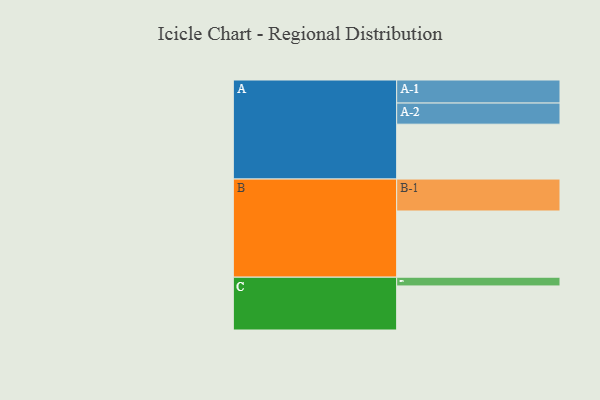
{"axis": {"x": "Segment", "y": "Value"}, "legend": ["", "A", "B", "C"], "data": [{"x": "A", "y": 426, "type": ""}, {"x": "B", "y": 514, "type": ""}, {"x": "C", "y": 342, "type": ""}, {"x": "A-1", "y": 179, "type": "A"}, {"x": "A-2", "y": 164, "type": "A"}, {"x": "B-1", "y": 248, "type": "B"}, {"x": "C-1", "y": 68, "type": "C"}]}